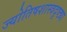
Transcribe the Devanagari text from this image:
ज्योतिषशास्त्रदृष्ट्या